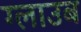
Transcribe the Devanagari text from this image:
ग्लाउब